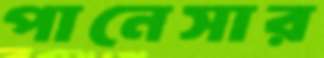
পানেসার